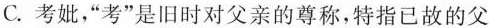
C.考妣，”考”是旧时对父亲的尊称，特指已故的父